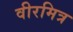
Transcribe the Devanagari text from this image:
वीरमित्र